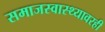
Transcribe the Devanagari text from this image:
समाजस्वास्थ्यावरही